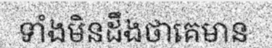
ទាំងមិនដឹងថាគេមាន